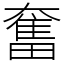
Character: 奮